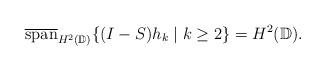
LaTeX: \begin{align*}\overline{\mathrm{span}}_{H^2(\mathbb{D})}\{(I-S)h_k \mid k \geq 2\} = H^2(\mathbb{D}).\end{align*}